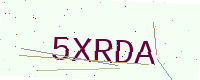
Text: 5XRDA